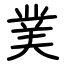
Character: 菐